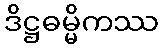
ဒိဋ္ဌဓမ္မိကဿ